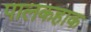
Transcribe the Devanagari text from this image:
पालकहाक